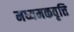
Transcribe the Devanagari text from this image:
मध्यमकवृत्ति